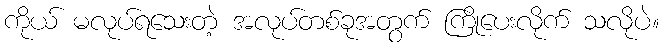
ကိုယ် မလုပ်ရသေးတဲ့ အလုပ်တစ်ခုအတွက် ကြိုပေးလိုက် သလိုပဲ။